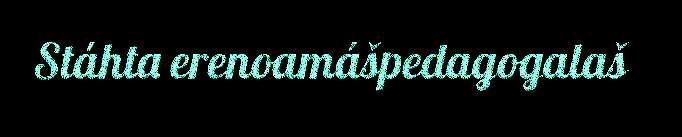
Stáhta erenoamášpedagogalaš